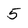
Character: 5